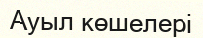
Ауыл көшелері